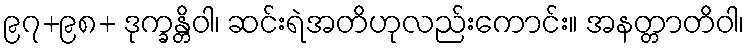
၉၇+၉၈+ ဒုက္ခန္တိဝါ၊ ဆင်းရဲအတိဟုလည်းကောင်း။ အနတ္တာတိဝါ၊